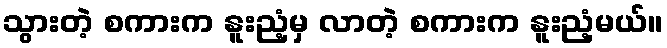
သွားတဲ့ စကားက နူးညံ့မှ လာတဲ့ စကားက နူးညံ့မယ်။